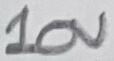
Text: 10V